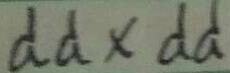
d d \times d d